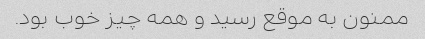
ممنون به موقع رسید و همه چیز خوب بود.